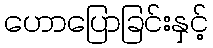
ဟောပြောခြင်းနှင့်